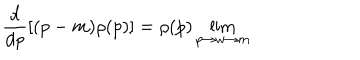
\frac { d } { d p } [ ( p - m ) \rho ( p ) ] = \rho ( p ) \lim _ { p \rightarrow w \rightarrow m }